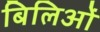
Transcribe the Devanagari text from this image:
बिलिओं